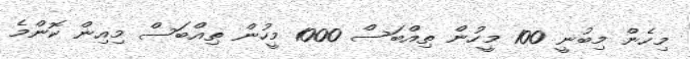
މިހެން މިބުނީ 100 މީހުން ތިއްބަސް 1000 މީހުން ތިއްބަސް މިއިން ކޮންމެ